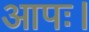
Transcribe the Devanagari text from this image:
आपः।